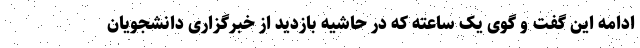
ادامه این گفت و گوی یک ساعته که در حاشیه بازدید از خبرگزاری دانشجویان